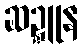
ဆဍ္ဍူန